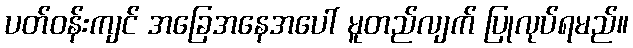
ပတ်ဝန်းကျင် အခြေအနေအပေါ် မူတည်လျက် ပြုလုပ်ရမည်။